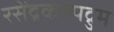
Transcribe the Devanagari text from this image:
रसेंद्रकल्पद्रुम